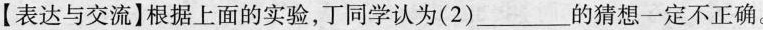
【表达与交流】根据上面的实验，丁同学认为(2)____的猜想一定不正确。